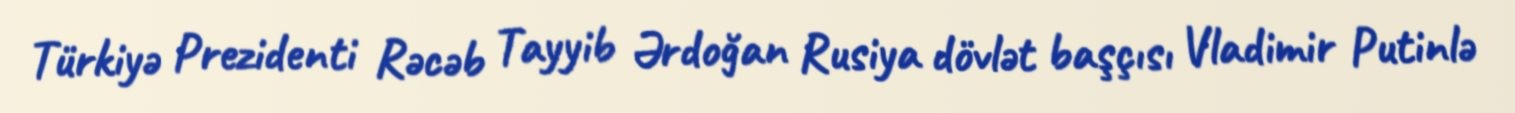
Türkiyə Prezidenti Rəcəb Tayyib Ərdoğan Rusiya dövlət başçısı Vladimir Putinlə